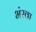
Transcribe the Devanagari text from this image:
भंरवा